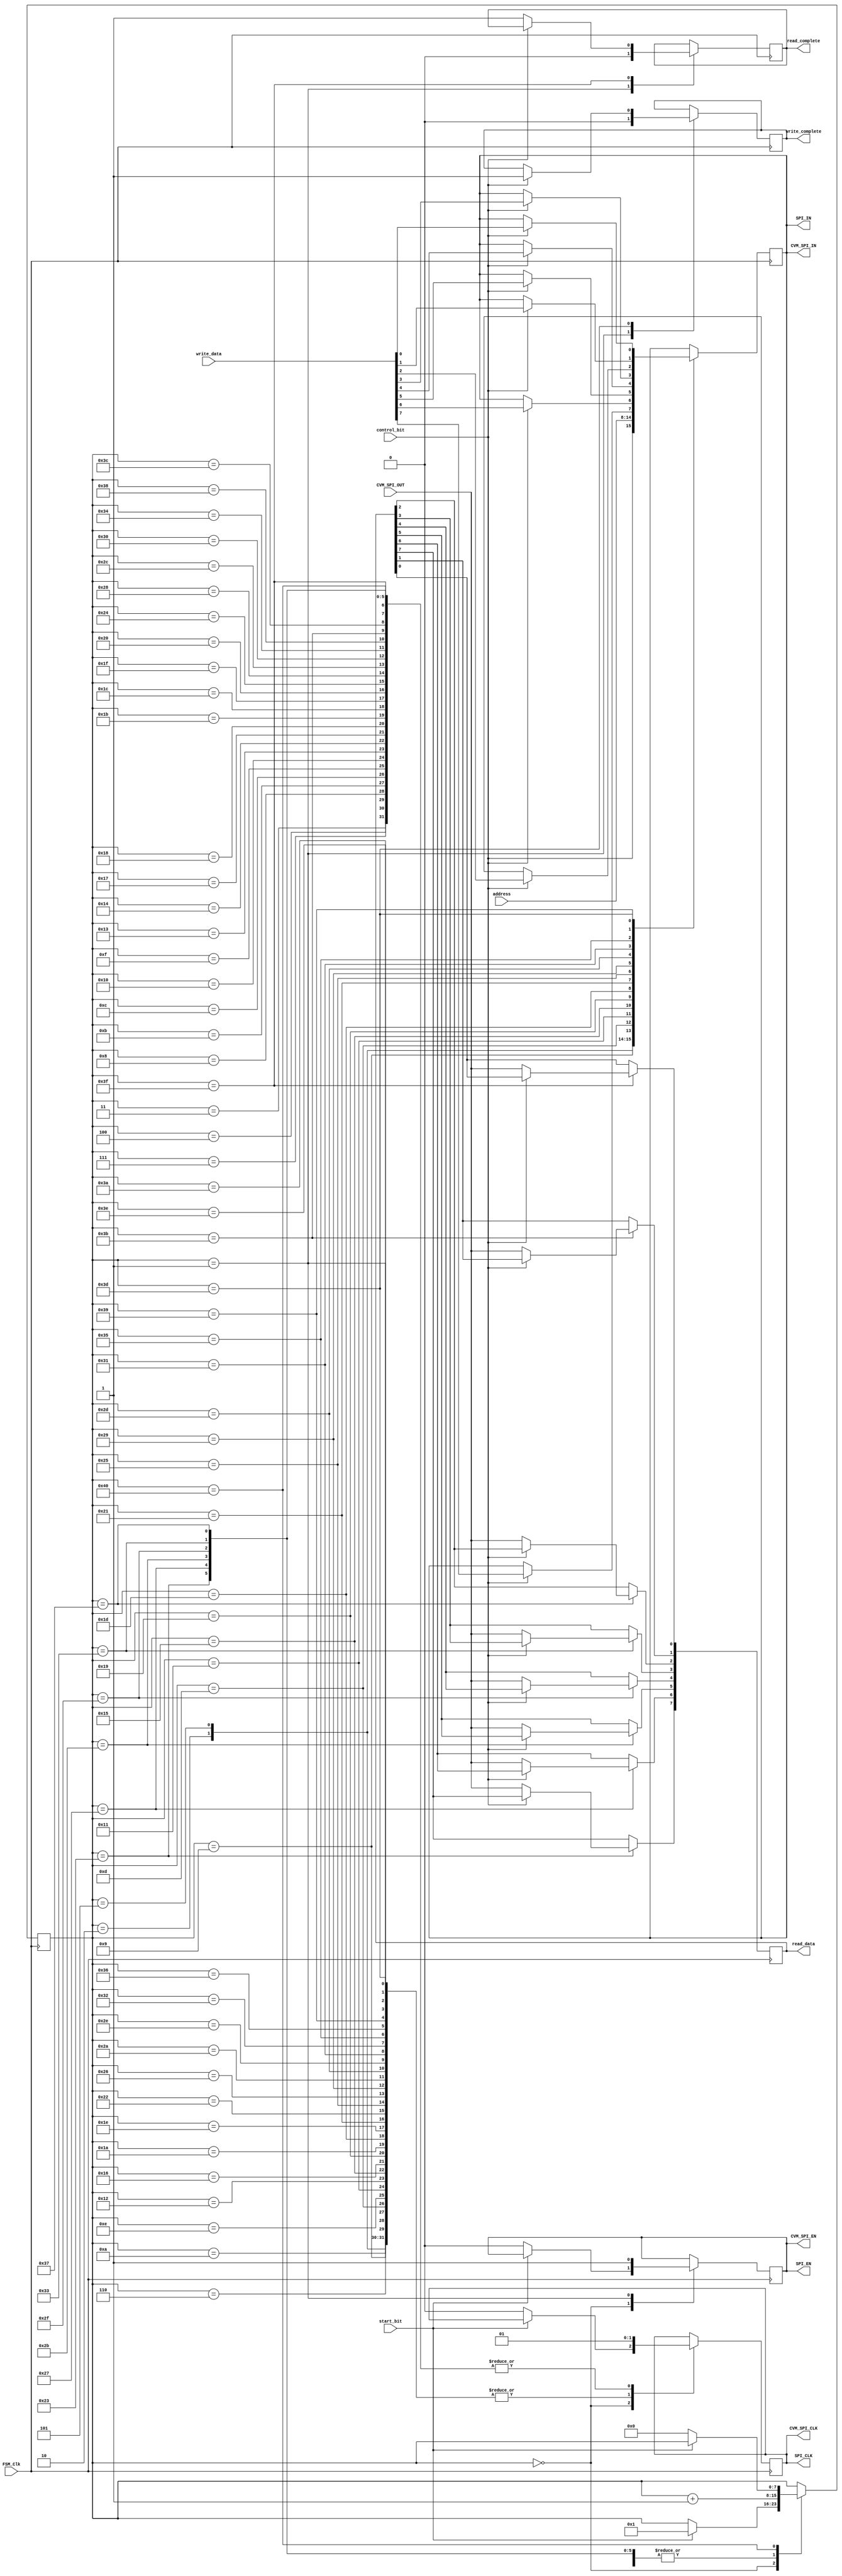
`timescale 1ns / 1ps

module SPI_Transmit(
    input FSM_Clk,
	input  CVM_SPI_OUT,
    output CVM_SPI_CLK,
    output CVM_SPI_EN,
    output  CVM_SPI_IN,
    output reg SPI_CLK,
    output reg SPI_IN,
    output reg SPI_EN,
	input control_bit,
	input [7:0] write_data,
	input start_bit,
	input [6:0] address,
	output reg [7:0] read_data,	
	output reg write_complete, 
	output reg read_complete
);

    localparam STATE_INIT       = 8'd0;    
	reg [7:0] State; 
    assign CVM_SPI_CLK = SPI_CLK;
    assign CVM_SPI_IN = SPI_IN;
    assign CVM_SPI_EN = SPI_EN; 
    
    initial  begin
        SPI_EN = 1'b0;
        SPI_CLK = 1'b0;
        SPI_IN = 1'b0;
        State = STATE_INIT;
    end
	
    // SPI FSM
    always @(posedge FSM_Clk) begin                 
        case (State)    
			STATE_INIT : begin
                if (start_bit) 
					State <= 8'd1;                    
                else begin                 
                    SPI_EN = 1'b0;
                    SPI_CLK = 1'b0;
                end
            end            
            // Start sequence            
            8'd1 : begin
                SPI_EN <= 1'b1;
                SPI_CLK <= 1'b0;    
                write_complete <= 1'b0;
                read_complete <= 1'b0;
                State <= State + 1'b1;                          
            end   
            8'd2 : begin
                SPI_CLK <= 1'b0;
                SPI_IN <= control_bit;
                State <= State + 1'b1;             
            end   
            8'd3 : begin
                SPI_CLK <= 1'b1;
                State <= State + 1'b1;                 
            end   
            8'd4 : begin
                SPI_CLK <= 1'b1;
                State <= State + 1'b1;
            end   
            // start transmit address bit
            8'd5 : begin
                SPI_CLK <= 1'b0;
                SPI_IN <= address[6];
                State <= State + 1'b1;
            end   
            8'd6 : begin
                SPI_CLK <= 1'b0;
                State <= State + 1'b1;
            end   
            8'd7 : begin
                SPI_CLK <= 1'b1;
                State <= State + 1'b1;               
            end   
            8'd8 : begin
                SPI_CLK <= 1'b1;
                State <= State + 1'b1;
            end   
            8'd9 : begin
                SPI_CLK <= 1'b0;
                SPI_IN <= address[5];
                State <= State + 1'b1;
            end   
            8'd10 : begin
                SPI_CLK <= 1'b0;
                State <= State + 1'b1;
            end   
            8'd11 : begin
                SPI_CLK <= 1'b1;
                State <= State + 1'b1;              
            end   
            8'd12 : begin
                SPI_CLK <= 1'b1;
                State <= State + 1'b1;
            end   
            8'd13 : begin
                SPI_CLK <= 1'b0;
                SPI_IN <= address[4];
                State <= State + 1'b1;
            end   
            8'd14 : begin
                SPI_CLK <= 1'b0;
                State <= State + 1'b1;
            end   
            8'd15 : begin
                SPI_CLK <= 1'b1;
                State <= State + 1'b1;              
            end   
            8'd16 : begin
                SPI_CLK <= 1'b1;
                State <= State + 1'b1;    
            end   
            8'd17 : begin
                SPI_CLK <= 1'b0;
                SPI_IN <= address[3];
                State <= State + 1'b1;
            end   
            8'd18 : begin
                SPI_CLK <= 1'b0;
                State <= State + 1'b1;  
            end   
            8'd19 : begin
                SPI_CLK <= 1'b1;
                State <= State + 1'b1;                  
            end   
            8'd20 : begin
                SPI_CLK <= 1'b1;
                State <= State + 1'b1;  
            end  
            8'd21 : begin
                SPI_CLK <= 1'b0;
                SPI_IN <= address[2];
                State <= State + 1'b1;
            end   
            8'd22 : begin
                SPI_CLK <= 1'b0;
                State <= State + 1'b1; 
            end  
            8'd23 : begin
                SPI_CLK <= 1'b1;
                State <= State + 1'b1;                
            end   
            8'd24 : begin
                SPI_CLK <= 1'b1;
                State <= State + 1'b1; 
            end   
            8'd25 : begin
                SPI_CLK <= 1'b0;
                SPI_IN <= address[1];
                State <= State + 1'b1;
            end   
            8'd26 : begin
                SPI_CLK <= 1'b0;
                State <= State + 1'b1; 
            end  
            8'd27 : begin
                SPI_CLK <= 1'b1;
                State <= State + 1'b1;               
            end   
            8'd28 : begin
                SPI_CLK <= 1'b1;
                State <= State + 1'b1; 
            end   
            8'd29 : begin
                SPI_CLK <= 1'b0;
                SPI_IN <= address[0];
                State <= State + 1'b1;
            end   
            8'd30 : begin
                SPI_CLK <= 1'b0;
                State <= State + 1'b1;
            end
            8'd31 : begin
                SPI_CLK <= 1'b1;
                State <= State + 1'b1;     
            end   
            8'd32 : begin
                SPI_CLK <= 1'b1;
                State <= State + 1'b1;
            end   
            // control bit reveive
            8'd33 : begin
                SPI_CLK <= 1'b0;
                if(control_bit)
					SPI_IN <= write_data[7];
                State <= State + 1'b1;
            end   
            8'd34 : begin
                SPI_CLK <= 1'b0;
                State <= State + 1'b1;
            end        
            8'd35 : begin
                SPI_CLK <= 1'b1;
                if(!control_bit)
                    read_data[7] <= CVM_SPI_OUT;
                State <= State + 1'b1;                
            end   
            8'd36 : begin
                SPI_CLK <= 1'b1;
                State <= State + 1'b1;
            end   
            8'd37 : begin
                SPI_CLK <= 1'b0;
                if(control_bit)
                    SPI_IN <= write_data[6]; 
                State <= State + 1'b1;
            end   
            8'd38 : begin
                SPI_CLK <= 1'b0;
                State <= State + 1'b1;
            end        
            8'd39 : begin
                SPI_CLK <= 1'b1;
                if(!control_bit)
                    read_data[6] <= CVM_SPI_OUT;
                State <= State + 1'b1;                
            end   
            8'd40 : begin
                SPI_CLK <= 1'b1;
                State <= State + 1'b1;
            end
            8'd41 : begin
                SPI_CLK <= 1'b0;
                if(control_bit)
					SPI_IN <= write_data[5];  
                State <= State + 1'b1;
            end 
            8'd42 : begin
                SPI_CLK <= 1'b0;
                State <= State + 1'b1;
            end     
            8'd43 : begin
                SPI_CLK <= 1'b1;
                if(!control_bit) 
					read_data[5] <= CVM_SPI_OUT;
                State <= State + 1'b1;                
            end   
            8'd44 : begin
                SPI_CLK <= 1'b1;
                State <= State + 1'b1;
            end
            8'd45 : begin
                SPI_CLK <= 1'b0;
                if(control_bit == 1'b1)
                    SPI_IN <= write_data[4];
                State <= State + 1'b1;
            end   
            8'd46 : begin
                  SPI_CLK <= 1'b0;
                  State <= State + 1'b1;
            end  
            8'd47 : begin
                SPI_CLK <= 1'b1;
                if(!control_bit)
                    read_data[4] <= CVM_SPI_OUT;
                State <= State + 1'b1;                
            end   
            8'd48 : begin
                SPI_CLK <= 1'b1;
                State <= State + 1'b1;
            end
            8'd49 : begin
                SPI_CLK <= 1'b0;
                if(control_bit) begin
                    SPI_IN <= write_data[3];
                end  
                State <= State + 1'b1;
            end   
            8'd50 : begin
                SPI_CLK <= 1'b0;
                State <= State + 1'b1;
            end  
            8'd51 : begin
                SPI_CLK <= 1'b1;
                if(!control_bit)
                    read_data[3] <= CVM_SPI_OUT;
                State <= State + 1'b1;                
            end
            8'd52 : begin
                SPI_CLK <= 1'b1;
                State <= State + 1'b1;
            end
            8'd53 : begin
                SPI_CLK <= 1'b0;
                if(control_bit) begin
                    SPI_IN <= write_data[2];
                end  
                State <= State + 1'b1;
            end   
            8'd54 : begin
                SPI_CLK <= 1'b0;
                State <= State + 1'b1;
            end         
            8'd55 : begin
                SPI_CLK <= 1'b1;
                if(!control_bit) begin
                    read_data[2] <= CVM_SPI_OUT;
                end
                State <= State + 1'b1;                
            end   
            8'd56 : begin
                SPI_CLK <= 1'b1;
                State <= State + 1'b1;
            end
            8'd57 : begin
                SPI_CLK <= 1'b0;
                if(control_bit) 
                    SPI_IN <= write_data[1];
                State <= State + 1'b1;
            end   
            8'd58 : begin
                SPI_CLK <= 1'b0;
                State <= State + 1'b1;
            end   
            8'd59 : begin
                SPI_CLK <= 1'b1;
                if(!control_bit)
                    read_data[1] <= CVM_SPI_OUT;
                State <= State + 1'b1;                
            end   
            8'd60 : begin
                SPI_CLK <= 1'b1;
                State <= State + 1'b1;
            end
            8'd61 : begin
                SPI_CLK <= 1'b0;
                if(control_bit) begin
                    SPI_IN <= write_data[0];
                    write_complete <= 1'b1;
                end  
                State <= State + 1'b1;
            end   
            8'd62 : begin
                SPI_CLK <= 1'b0;
                State <= State + 1'b1;
            end       
            8'd63 : begin
                SPI_CLK <= 1'b1;
                if(!control_bit) begin
                    read_data[0] <= CVM_SPI_OUT;
                    read_complete <= 1'b1;
                end
                State <= State + 1'b1;                
            end   
            8'd64 : begin
                SPI_CLK <= 1'b1;
                if(!start_bit)
                    State <= STATE_INIT;
                else
                    State <= State;
            end
            default :;                      
        endcase                           
    end                               
endmodule